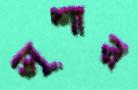
সৃশার